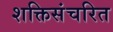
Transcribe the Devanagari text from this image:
शक्तिसंचरित